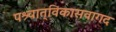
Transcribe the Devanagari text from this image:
पश्र्चात्‌विकासवागद